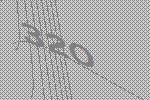
320